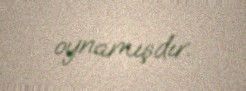
oynamışdır.